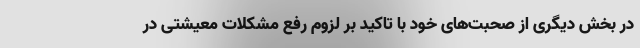
در بخش دیگری از صحبت‌های خود با تاکید بر لزوم رفع مشکلات معیشتی در